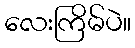
လေးကြိမ်ပဲ။